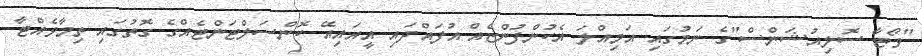
"ވޯޓާ ސޮލިއުޝަންސް"ގެ ނަމުގައި އަމިއްލަ އެކުންފުންޏެއް އުފައްދައި އީއައިއޭ ކޮންސަލްޓަންޓެއްގެ ގޮތުގައި ތިމާވެއްޓާ